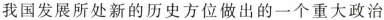
我国发展所处新的历史方位做出的一个重大政治